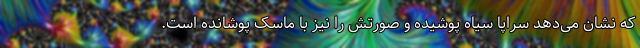
که نشان می‌دهد سراپا سیاه‌ پوشیده و صورتش را نیز با ماسک پوشانده است.